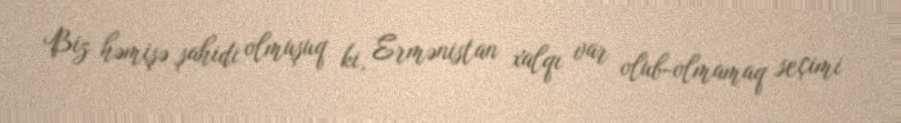
Biz həmişə şahidi olmuşuq ki, Ermənistan xalqı var olub-olmamaq seçimi